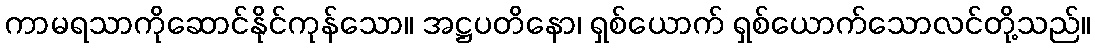
ကာမရသာကိုဆောင်နိုင်ကုန်သော။ အဋ္ဌပတိနော၊ ရှစ်ယောက် ရှစ်ယောက်သောလင်တို့သည်။